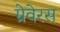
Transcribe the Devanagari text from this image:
ग्रेवेरस